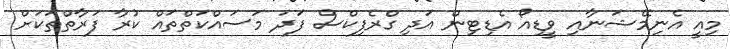
މިއީ އެނިމޭޝަނާއި ވީޑިއޯ އެޑިޓިން އަދި ގްރެފިކްސް ފަދަ މަސައްކަތްތައް ކުރާ ފަރާތްތަކަށް